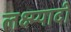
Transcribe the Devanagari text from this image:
लक्ष्म्यादी